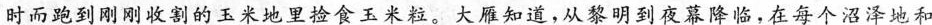
时而跑到刚刚收割的玉米地里捡食玉米粒。大雁知道，从黎明到夜幕降临，在每个沼泽地和